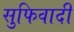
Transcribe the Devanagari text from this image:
सुफिवादी